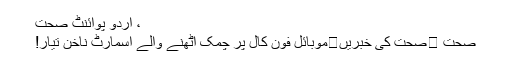
، اُردو پوائنٹ صحت
صحت ⬅صحت کی خبریں⬅موبائل فون کال پر چمک اٹھنے والے اسمارٹ ناخن تیار!